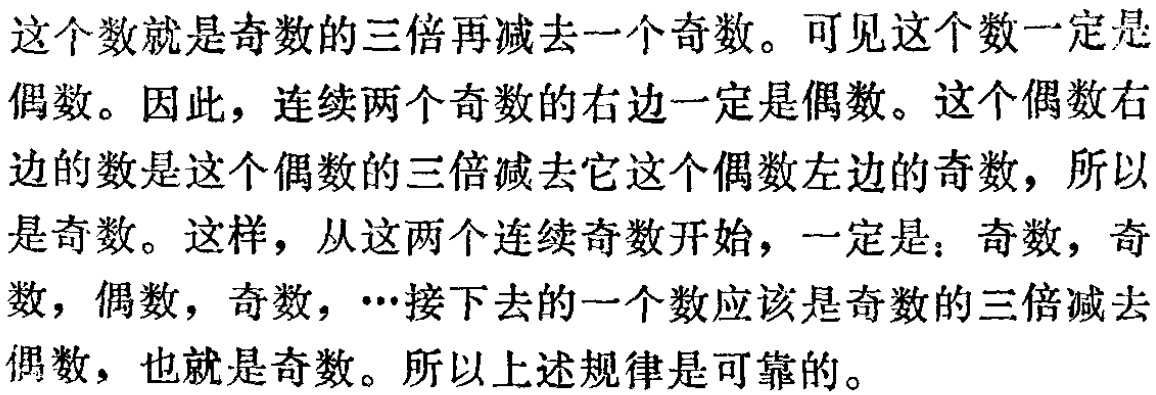
这个数就是奇数的三倍再减去一个奇数。可见这个数一定是
偶数。因此，连续两个奇数的右边一定是偶数。这个偶数右
边的数是这个偶数的三倍减去它这个偶数左边的奇数，所以
是奇数。这样，从这两个连续奇数开始，一定是：奇数，奇
数，偶数，奇数，…接下去的一个数应该是奇数的三倍减去
偶数，也就是奇数。所以上述规律是可靠的。